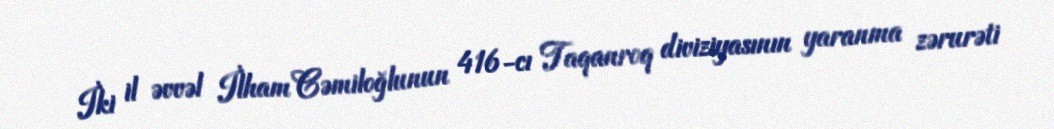
İki il əvvəl İlham Cəmiloğlunun 416-cı Taqanroq diviziyasının yaranma zərurəti